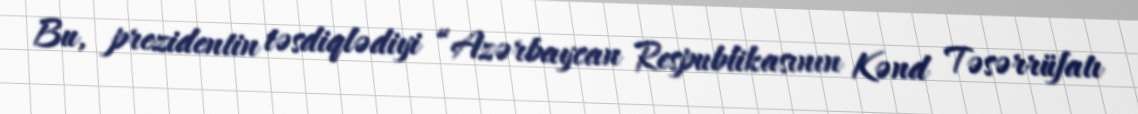
Bu, prezidentin təsdiqlədiyi “Azərbaycan Respublikasının Kənd Təsərrüfatı